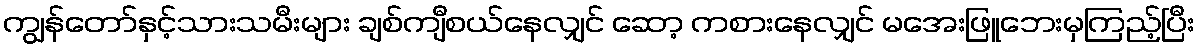
ကျွန်တော်နှင့်သားသမီးများ ချစ်ကျီစယ်နေလျှင် ဆော့ ကစားနေလျှင် မအေးဖြူဘေးမှကြည့်ပြီး